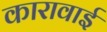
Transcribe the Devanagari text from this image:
कारावाई